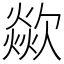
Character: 歘